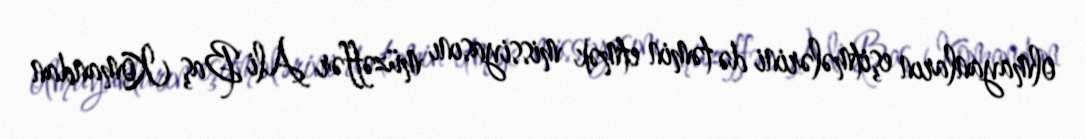
olmayanların eşitmələrini də təmin etmək missiyasını müzəffər Ali Baş Komandan